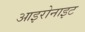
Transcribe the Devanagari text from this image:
आइरोनाइट